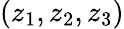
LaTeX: (z_{1},z_{2},z_{3})